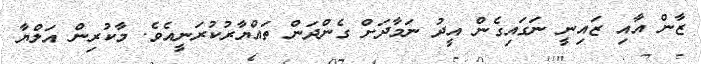
ޒާން އާއި ޒައިނީ ނަގައިގެން އީދު ނަމާދަށް ގެންދަން ތައްޔާރުކުރަނީއެވެ. މާކުރިން އަލްޔާ